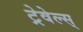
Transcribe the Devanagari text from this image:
ट्रेवेल्स्